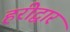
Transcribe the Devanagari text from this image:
हरीद्वार